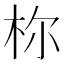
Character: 𪱾